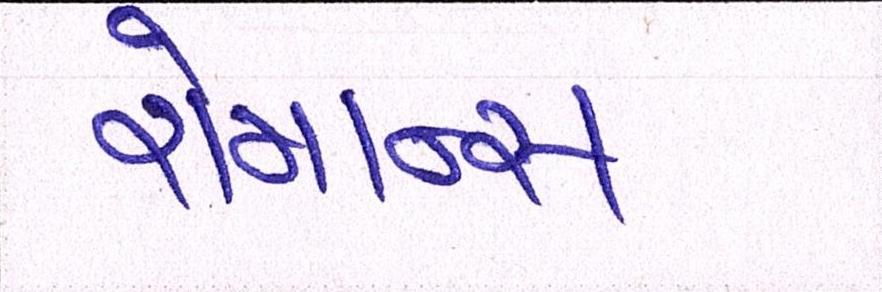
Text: રોમાન્સ